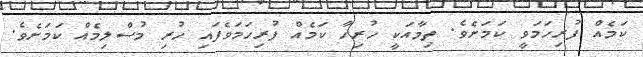
ކަމެއް ފުރިހަމަވީ ކަމަށެވެ. ތިމާއަކީ ހުރިހާ ކަމެއް ފުރިހަމަވެފައި ހުރި މުސްލިމެއް ކަމަށެވެ.